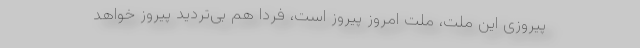
پیروزی این ملت، ملت امروز پیروز است، فردا هم بی‌تردید پیروز خواهد